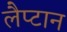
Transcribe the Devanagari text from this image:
लैप्टान